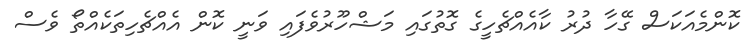
ކޮންމެއަކަސް ގޭހާ ދުރު ކާއެއްޗެހީގެ ގޮތުގައި މަޝްހޫރުވެފައި ވަނީ ކޮން އެއްޗެހިތަކެއްތޯ ވެސް